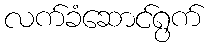
လက်ခံဆောင်ရွက်